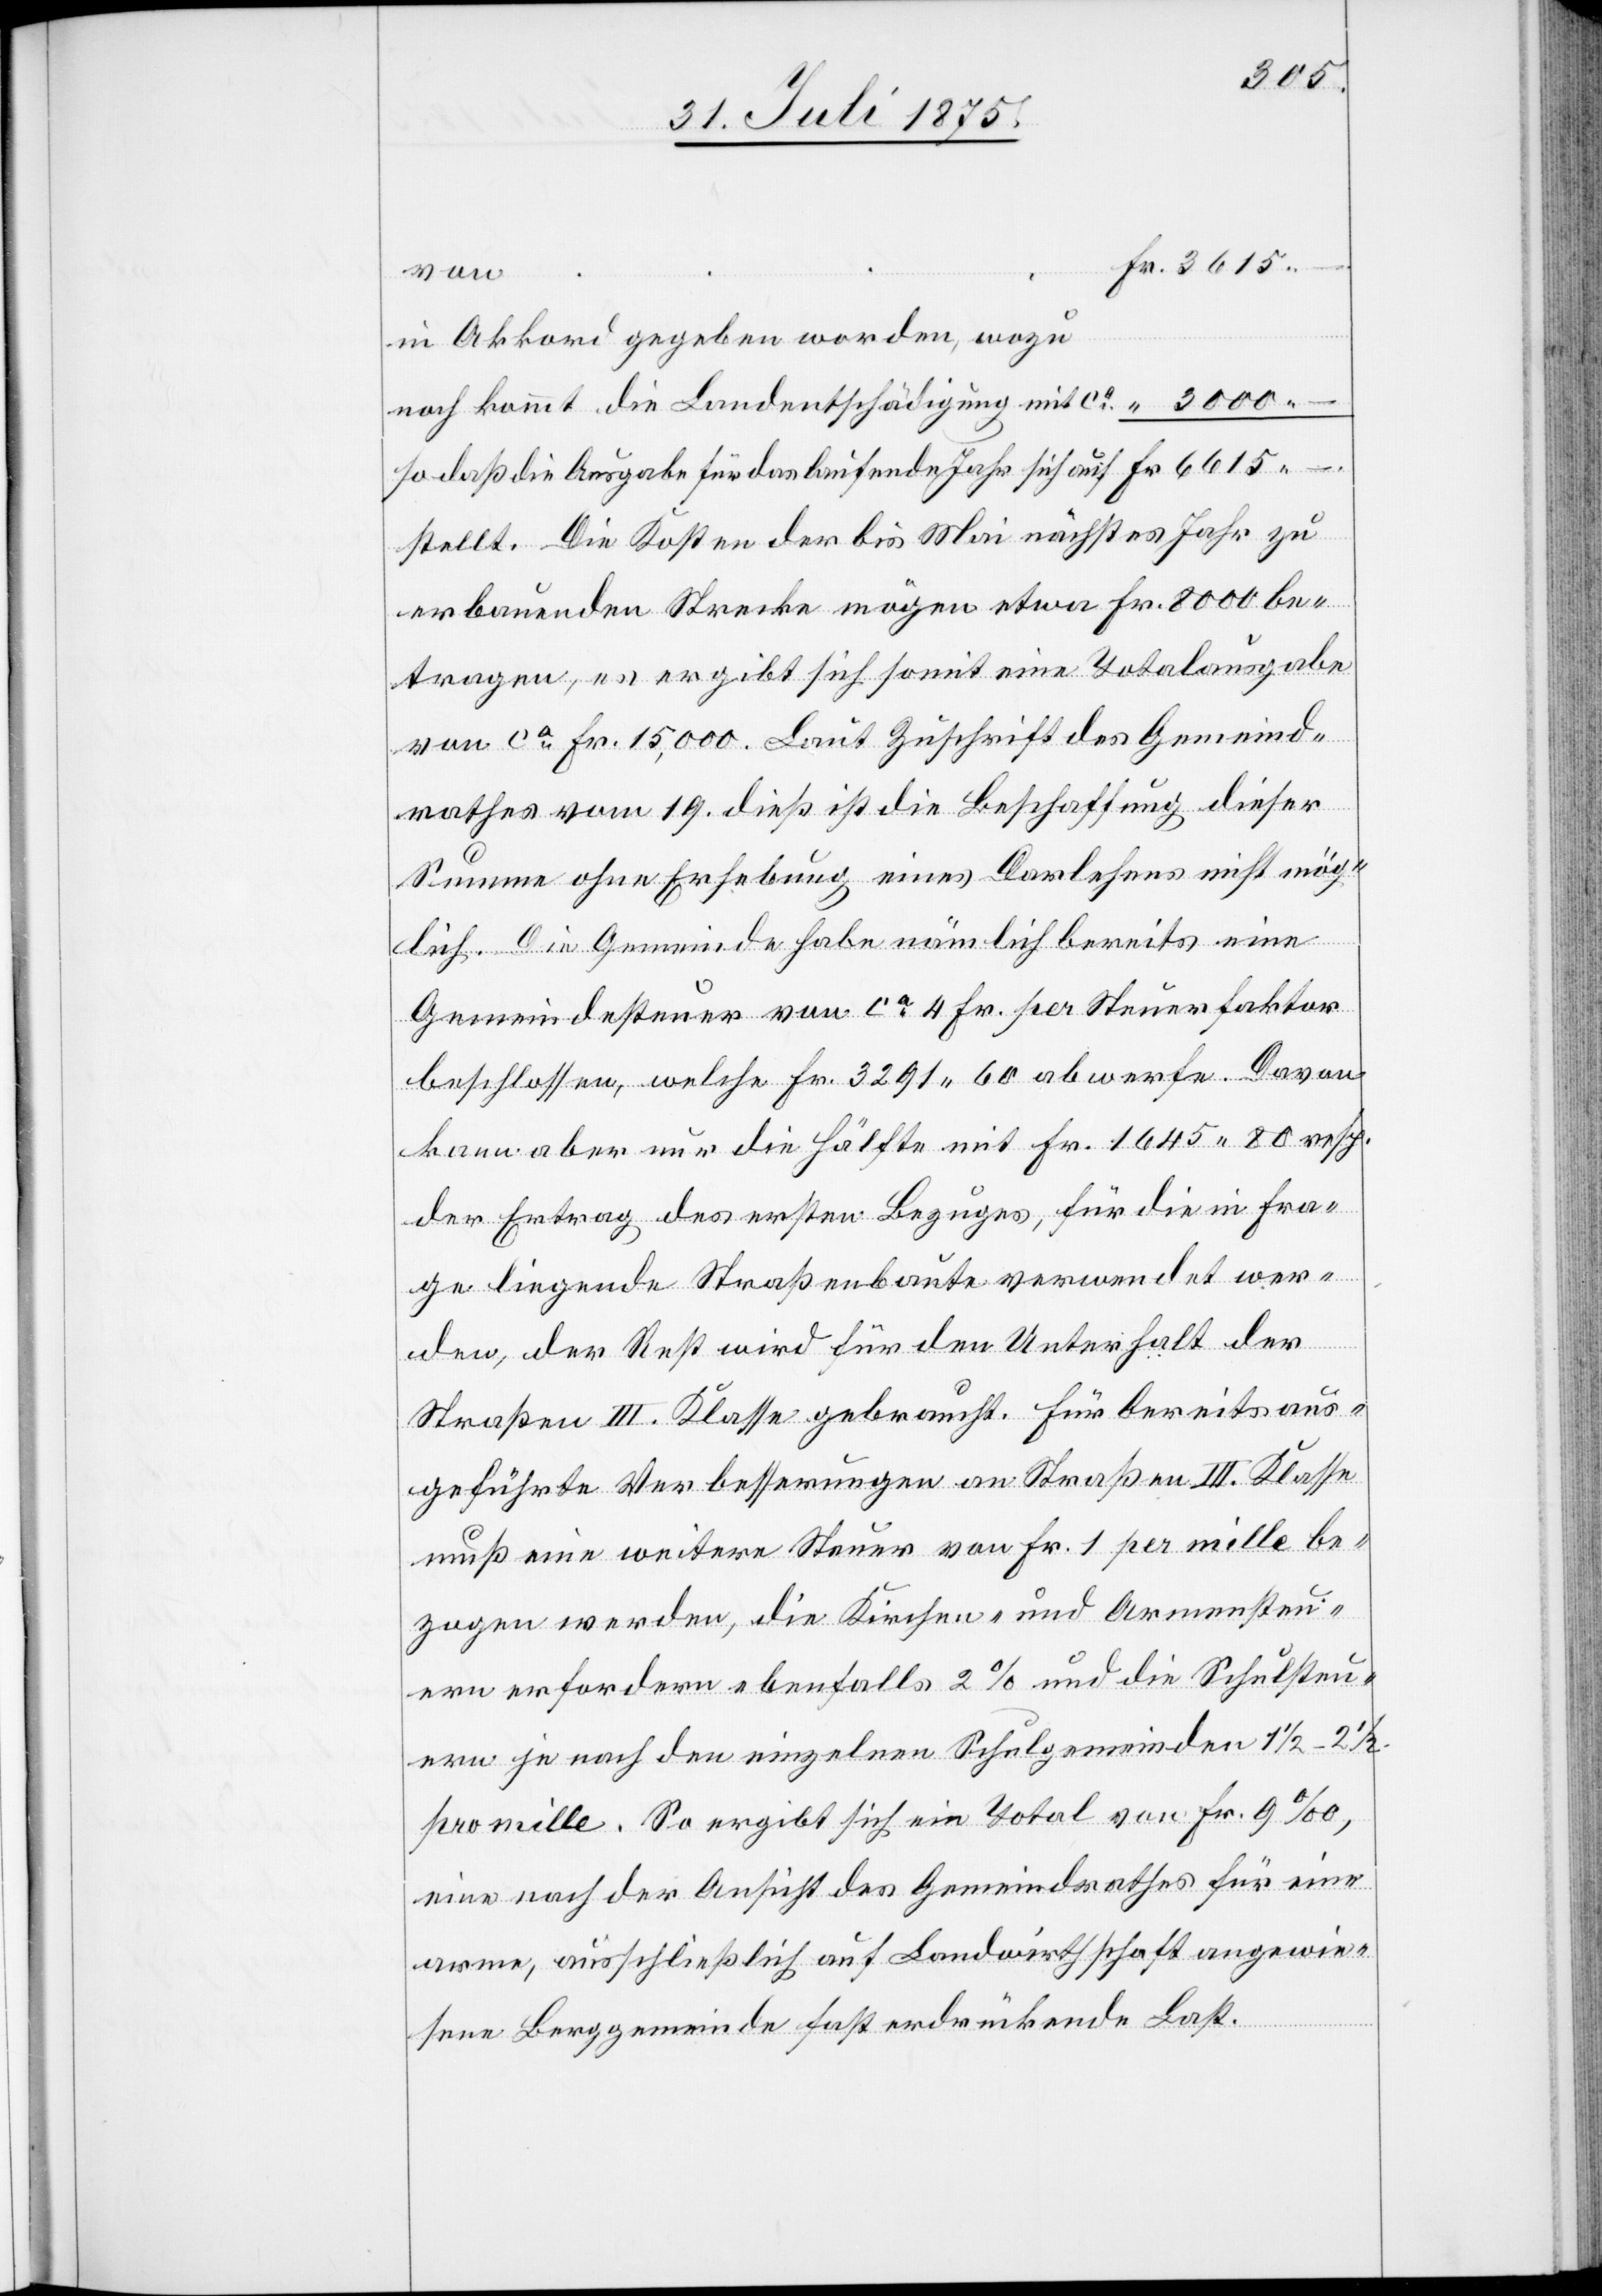
3000
–.
im Akkord gegeben worden, wozu
noch kommt die Landentschädigung mit ca
so daß die Ausgabe für das laufende Jahr sich auf
stellt. Die Kosten der bis Mai nächstes Jahr zu
erbauenden Strecke mögen etwa Fr. 8000 be¬
tragen, es ergibt sich somit eine Totalausgabe
von ca Fr. 15,000. Laut Zuschrift des Gemeind¬
rathes vom 19. dieß ist die Beschaffung dieser
Summe ohne Erhebung eines Darlehens nicht mög¬
lich. Die Gemeinde habe nämlich bereits eine
Gemeindesteuer von ca Fr. 4 per Steuerfaktor
beschlossen, welche Fr. 3291 60 abwerfe. Davon
kann aber nur die Hälfte mit Fr. 1645 80 resp.
der Ertrag des ersten Bezuges, für die Fra¬
ge liegende Straßenbaute verwendet wer¬
den, der Rest wird für den Unterhalt der
Straßen III. Klasse gebraucht. Für bereits aus¬
geführte Verbesserungen an Straßen III. Klasse
muß eine weitere Steuer von Fr. 1 per mille be¬
zogen werden, die Kirchen- und Armensteu¬
er erfordere ebenfalls 2% und die Schulsteu¬
er je nach den einzelnen Schulgemeinden 1 1/2–2
per mille. So ergibt sich ein Total von Fr. 9‰,
eine nach der Ansicht des Gemeindrathes für eine
arme, ausschließlich auf Landwirthschaft angewie¬
sene Berggemeinde fast erdrückende Last.